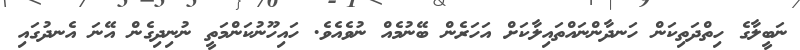
ނަބީލާގެ ހިތްދަތިކަން ހަނދާންނައްތައިލާކަށް އަހަރެން ބޭނުމެއް ނުވެއެވެ. ހައިހޫނުކަންމަތީ ނުނިދިގެން އޭނަ އެނދުގައި